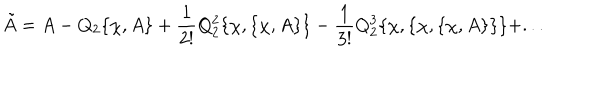
\tilde { A } = A - Q _ { 2 } \{ \chi , A \} + { \frac { 1 } { 2 ! } } Q _ { 2 } ^ { 2 } \{ \chi , \{ \chi , A \} \} - { \frac { 1 } { 3 ! } } Q _ { 2 } ^ { 3 } \{ \chi , \{ \chi , \{ \chi , A \} \} \} + . . .